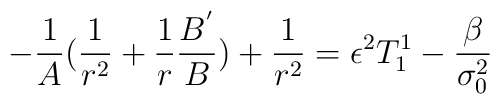
-\frac{1}{A}(\frac{1}{r^2}+\frac{1}{r}\frac{B^{'}}{B})+\frac{1}{r^2}=\epsilon^2T_1^1 -\frac{\beta}{\sigma_0^2}